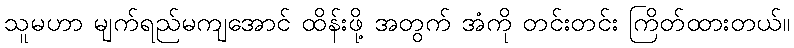
သူမဟာ မျက်ရည်မကျအောင် ထိန်းဖို့ အတွက် အံကို တင်းတင်း ကြိတ်ထားတယ်။